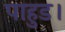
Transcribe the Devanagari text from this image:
पाहुड।